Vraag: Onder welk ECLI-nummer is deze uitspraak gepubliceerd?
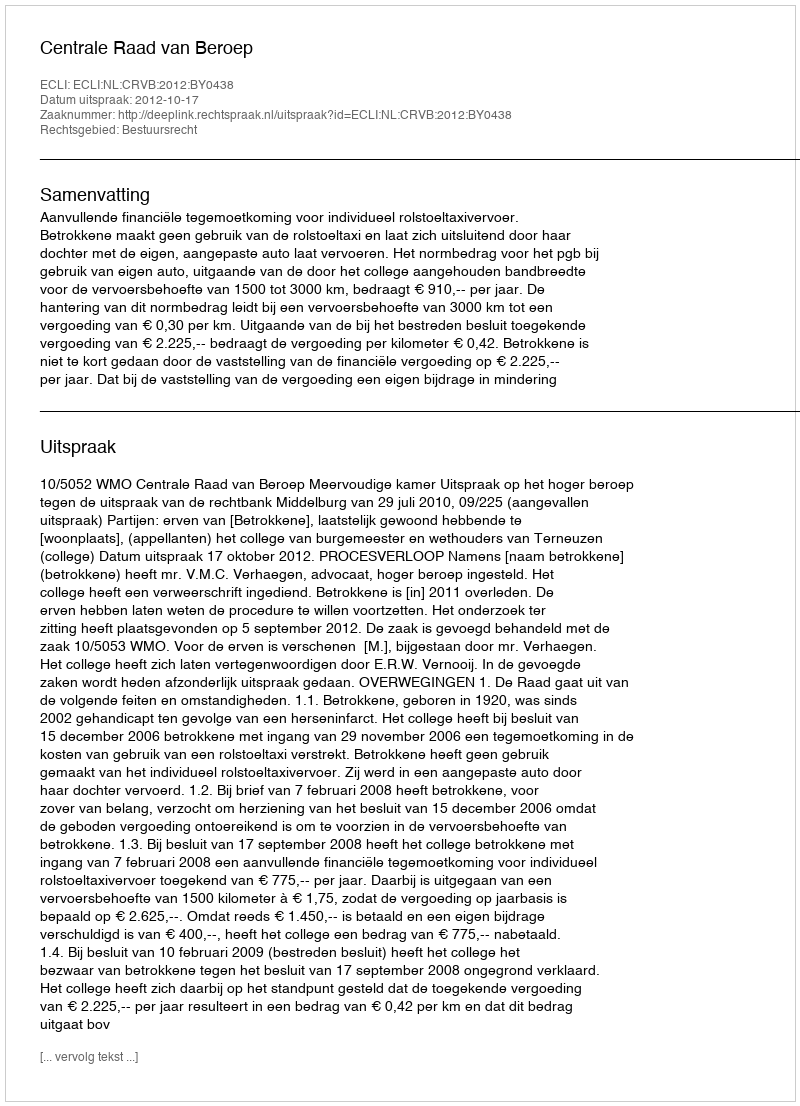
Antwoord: ECLI:NL:CRVB:2012:BY0438